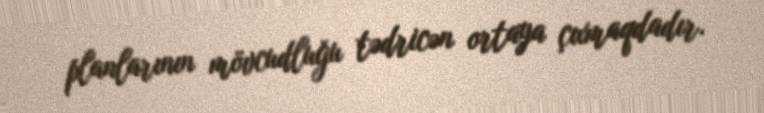
planlarının mövcudluğu tədricən ortaya çıxmaqdadır.